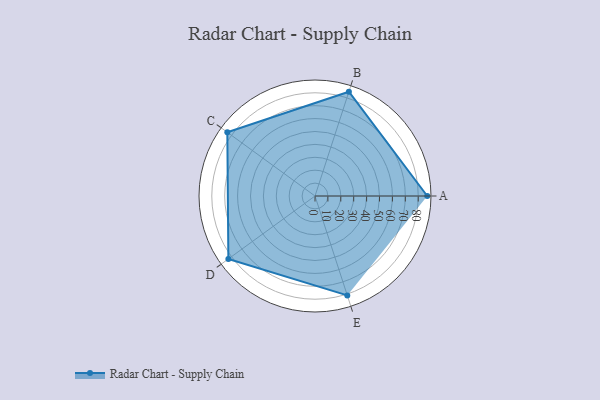
{"axis": {"x": "Skill", "y": "Score"}, "legend": ["Profile"], "data": [{"x": "A", "y": 87.0, "type": "Profile"}, {"x": "B", "y": 85.0, "type": "Profile"}, {"x": "C", "y": 84.0, "type": "Profile"}, {"x": "D", "y": 83.0, "type": "Profile"}, {"x": "E", "y": 81.0, "type": "Profile"}]}